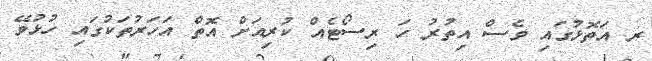
ރ އަތޮޅުގައި ވެސް އިތުރު ހަ ރިސޯޓެއް ކުރިއަށް އޮތް އަހަރުތަކުގައި ހުޅުވޭ